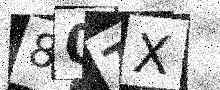
Text: 80TX